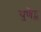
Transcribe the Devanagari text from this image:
युणैट्ड